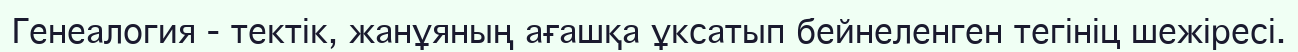
Генеалогия - тектік, жанұяның ағашқа ұксатып бейнеленген тегініц шежіресі.